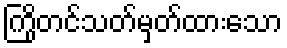
ကြိုတင်သတ်မှတ်ထားသော